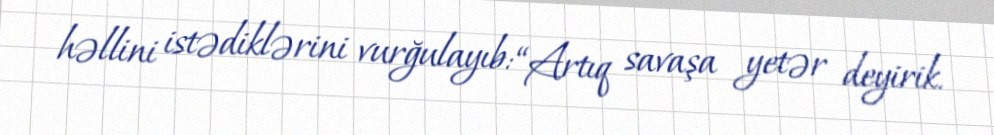
həllini istədiklərini vurğulayıb: “Artıq savaşa yetər deyirik.